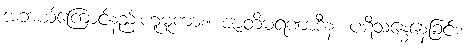
အဘယ်ကြောင့်နည်းဟူမူကား။ ဇာတိမရဏာဒီနံ၊ ပဋိသန္ဓေနေခြင်း၊